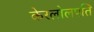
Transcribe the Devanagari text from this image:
केरलोलपति